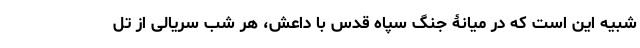
شبیه این است که در میانۀ جنگ سپاه قدس با داعش، هر شب سریالی از تل